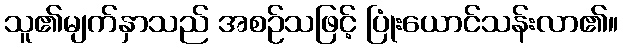
သူ၏မျက်နှာသည် အစဉ်သဖြင့် ပြုံးယောင်သန်းလာ၏။